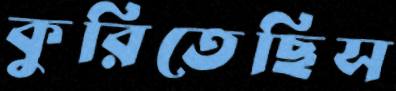
কুরিতেছিস